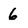
Character: 6